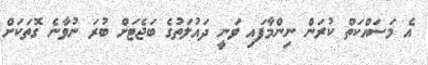
އެ މަސައްކަތް ކުރަން ނިންމާފައި ވަނީ ދައުލަތުގެ ބަޖެޓަށް ބުރަ ނުވާނެ ގޮތަކަށް